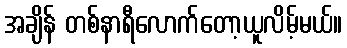
အချိန် တစ်နာရီလောက်တော့ယူလိမ့်မယ်။